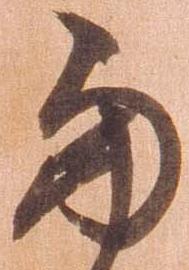
両